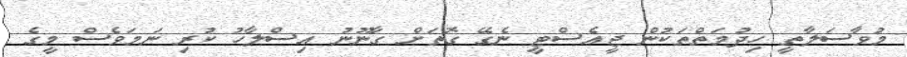
މުވާސަލާތީ ހިދުމަތްތަކުން ޖީއެސްޓީ ނެގޭ ގޮތަށް ގާނޫނު އިސްލާހު ކުރި ނަމަވެސް މީގެ